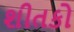
શીતકો